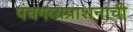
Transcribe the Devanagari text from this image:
पंचगव्यप्राशनाची